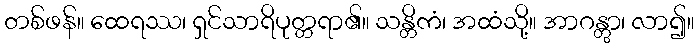
တစ်ဖန်။ ထေရဿ၊ ရှင်သာရိပုတ္တရာ၏။ သန္တိကံ၊ အထံသို့။ အာဂန္တွာ၊ လာ၍။